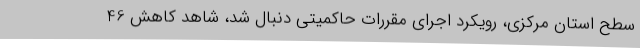
سطح استان مرکزی، رویکرد اجرای مقررات حاکمیتی دنبال شد، شاهد کاهش 46